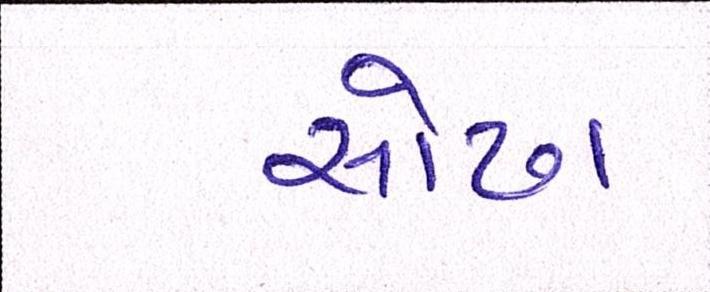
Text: સોઢા